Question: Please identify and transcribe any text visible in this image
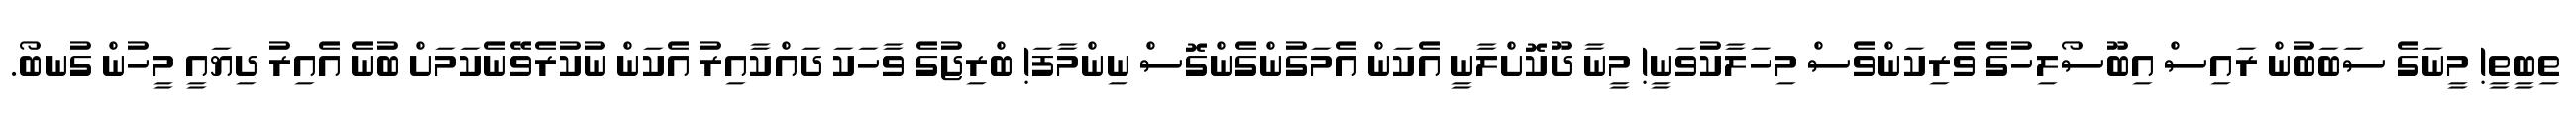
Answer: ތިބީތީ! މީނަގެ ސަބަބުން ރައިސް އިބޫސޯލިހުގެ ވެރިކަންވެސް މިހަލާކުވަނީ! މީނާ ދޫކޮށްލާނީ އެކަން އެމަގުންގެންގޮސް ނިންމާފަ! ބްރިޖުގެ ވާހަކަ ދައްކާއިރު އެކަން ނުކުރެވޭނެކަމަށް ބުނެ އެއިރު ދިޔައީ މީހުން ގުނބޯ.